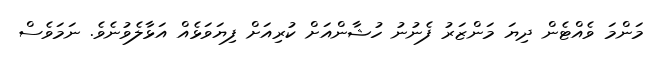
މަންމަ ވެއްޓެން ދިޔަ މަންޒަރު ފެނުނު ހުޝާންއަށް ކުރިއަށް ފިޔަވަޅެއް އަޅާލެވުނެވެ. ނަމަވެސް